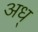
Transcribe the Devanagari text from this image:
अध्